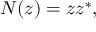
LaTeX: N ( z ) = z z ^ { * } ,